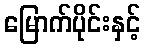
မြောက်ပိုင်းနှင့်